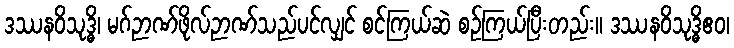
ဒဿနဝိသုဒ္ဓိ၊ မဂ်ဉာဏ်ဖိုလ်ဉာဏ်သည်ပင်လျှင် စင်ကြယ်ဆဲ စဉ်ကြယ်ပြီးတည်း။ ဒဿနဝိသုဒ္ဓိဧဝ၊